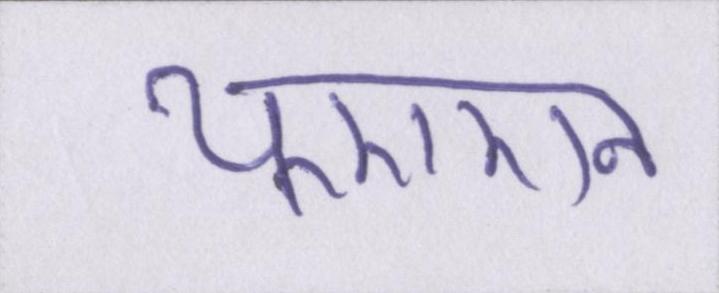
यूएएन